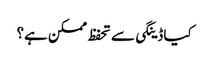
کیا ڈینگی سے تحفظ ممکن ہے؟